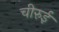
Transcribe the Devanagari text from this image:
चीरुई